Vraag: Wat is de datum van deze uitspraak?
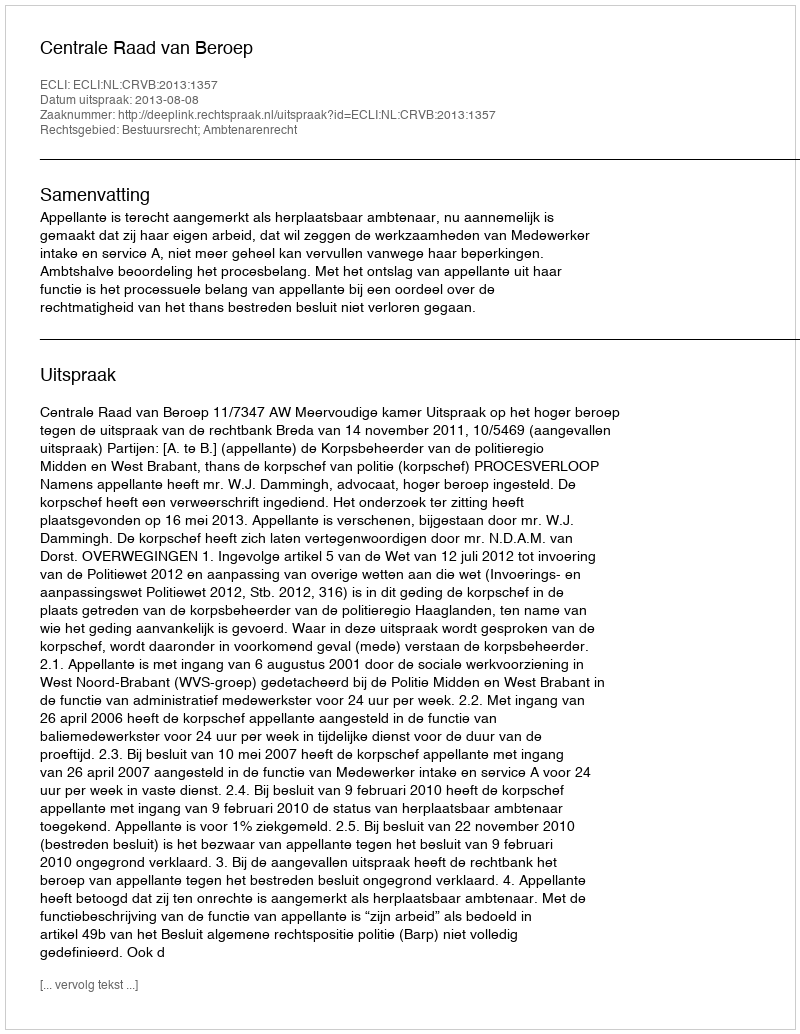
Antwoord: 2013-08-08